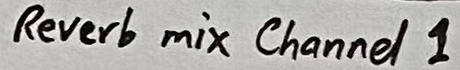
Text: Revert  mix Channel 1